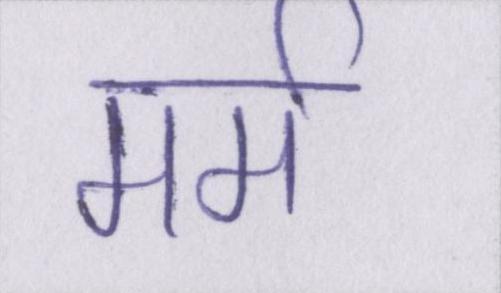
मर्म